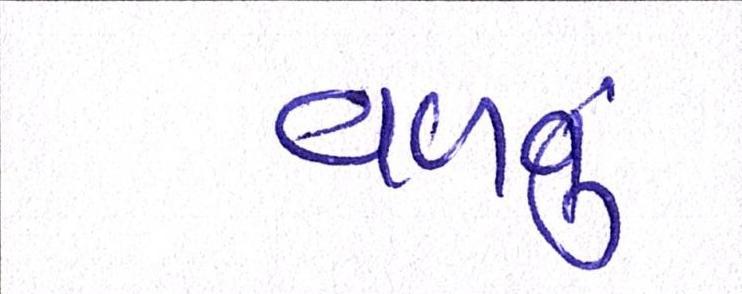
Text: વળવું